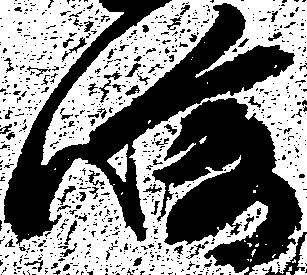
崎